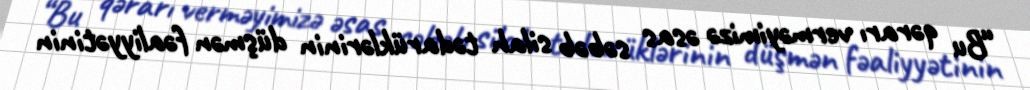
“Bu qərarı verməyimizə əsas səbəb silah tədarüklərinin düşmən fəaliyyətinin